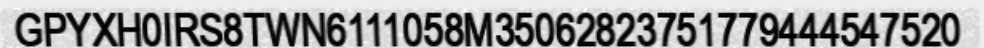
GPYXH0IRS8TWN6111058M35062823751779444547520